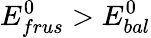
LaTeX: E_{frus}^{0}>E_{bal}^{0}